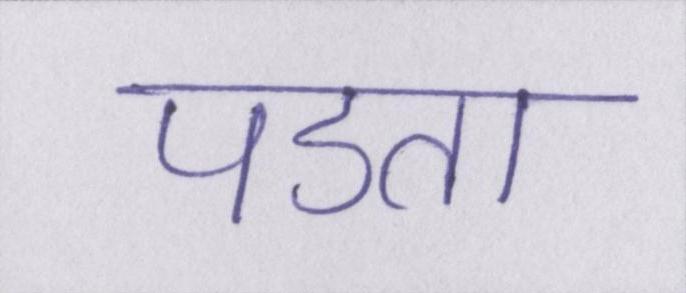
पडता